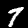
Digit: 7